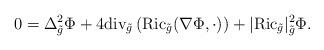
LaTeX: \begin{align*}0=\Delta^2_{\tilde{g}}\Phi + 4\mathrm{div}_{\tilde{g}}\left(\mathrm{Ric}_{\tilde{g}}(\nabla \Phi,\cdot) \right)+|\mathrm{Ric}_{\tilde{g}}|^2_{\tilde{g}}\Phi.\end{align*}